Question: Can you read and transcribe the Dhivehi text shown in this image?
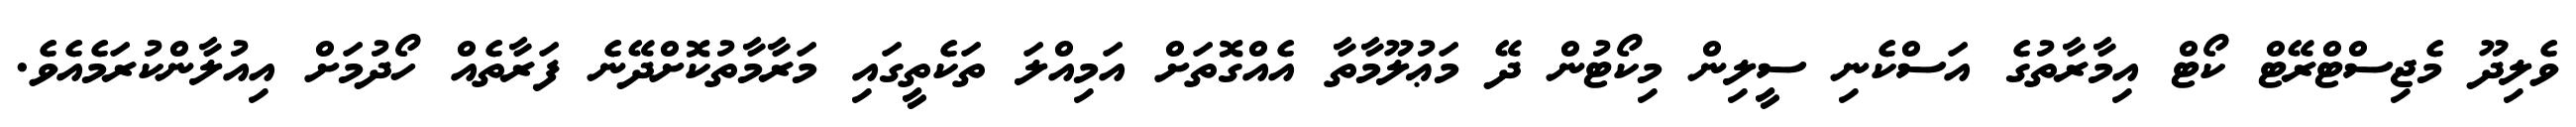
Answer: ވެލިދޫ މެޖިސްޓްރޭޓް ކޯޓް އިމާރާތުގެ އަސްކެނި ސީލިން މިކޯޓުން ދޭ މަޢުލޫމާތާ އެއްގޮތަށް އަމިއްލަ ތަކެތީގައި މަރާމާތުކޮށްދޭނެ ފަރާތެއް ހޯދުމަށް އިއުލާންކުރަމެއެވެ.